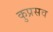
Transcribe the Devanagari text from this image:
कुप्रसव